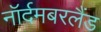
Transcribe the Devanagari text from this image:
नॉर्दमबरलैंड